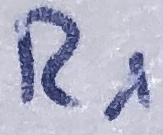
Text: R1